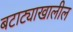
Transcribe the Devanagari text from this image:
बटाट्याखालील